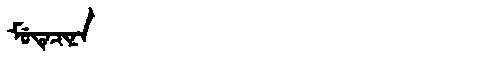
Manchu: ᠮᡠᡨᡝᠴᡳᠨᠠ
Romanization: MUTECINA